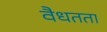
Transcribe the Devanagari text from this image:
वैधतता